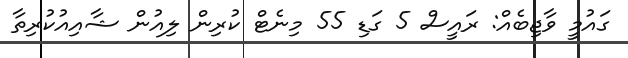
ގައުމީ ވާޖިބެއް: ރައީސް 5 ގަޑި 55 މިނެޓް ކުރިން ލިއުން ޝާއިއުކުރިތާ